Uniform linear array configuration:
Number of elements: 24
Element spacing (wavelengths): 0.25
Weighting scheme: cosine
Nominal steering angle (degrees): -60
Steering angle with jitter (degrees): -59.225
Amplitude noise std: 0.05
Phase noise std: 0.05

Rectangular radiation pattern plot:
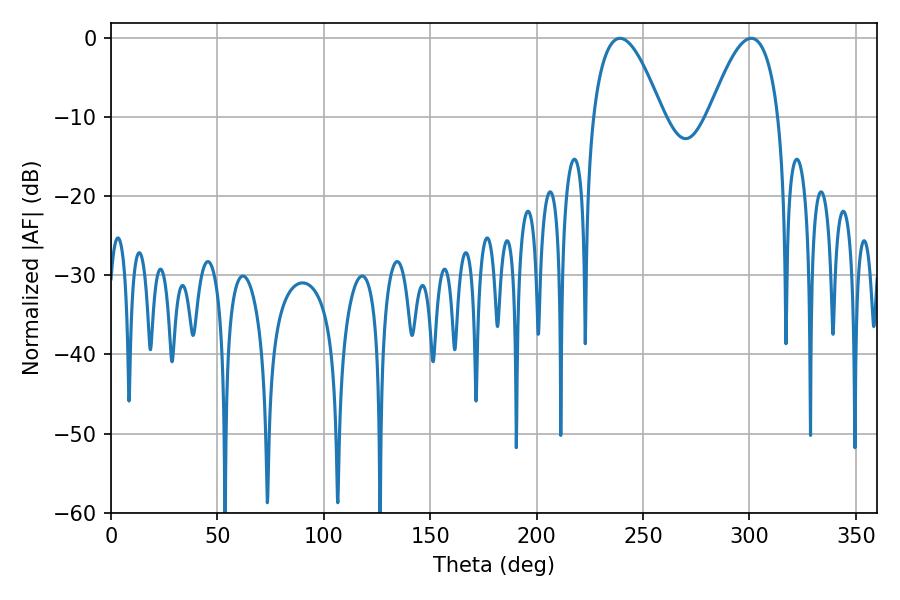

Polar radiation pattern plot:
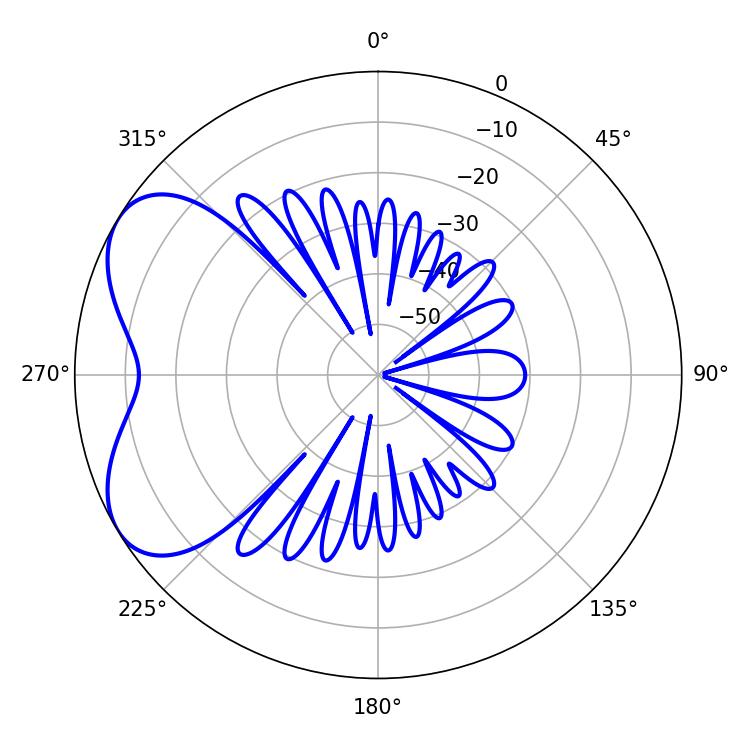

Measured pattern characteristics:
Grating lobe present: FALSE
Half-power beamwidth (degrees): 17.82
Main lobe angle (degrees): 239.22